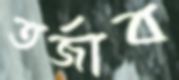
তর্জাব